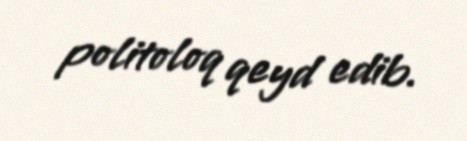
politoloq qeyd edib.